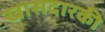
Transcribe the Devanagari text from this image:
खासदारकी